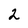
Character: 2